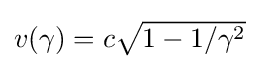
{\textstyle v(\gamma )=c{\sqrt {1-{1}/{\gamma ^{2}}}}}